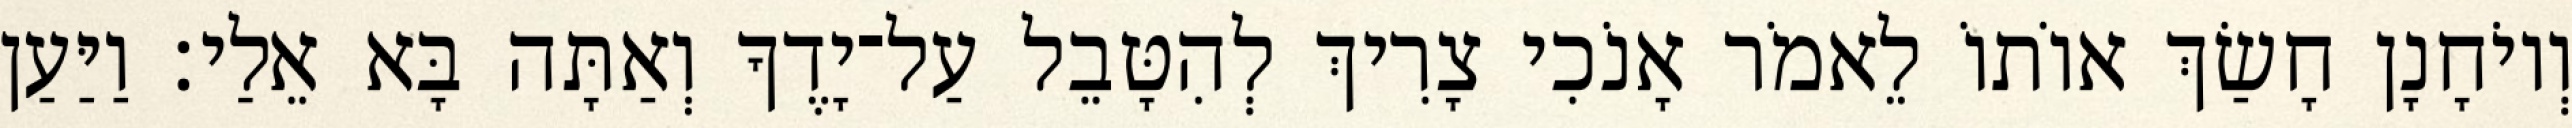
וְיוֹחָנָן חָשַׂךְ אוֹתוֹ לֵאמֹר אָנֹכִי צָרִיךְ לְהִטָּבֵל עַל־יָדֶךָ וְאַתָּה בָּא אֵלַי׃ וַיַּעַן